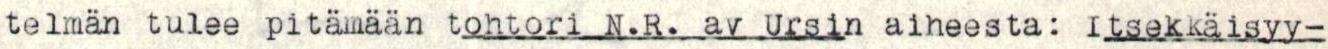
telmän tulee pitämään tohtori N.R. av Ursin aineesta: Itsekkäisyy-